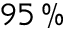
9 5 \, \%